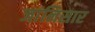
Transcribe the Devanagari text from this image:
जांनिसार